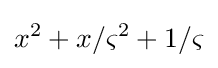
x^{2}+x/\varsigma ^{2}+1/\varsigma